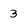
Character: 3